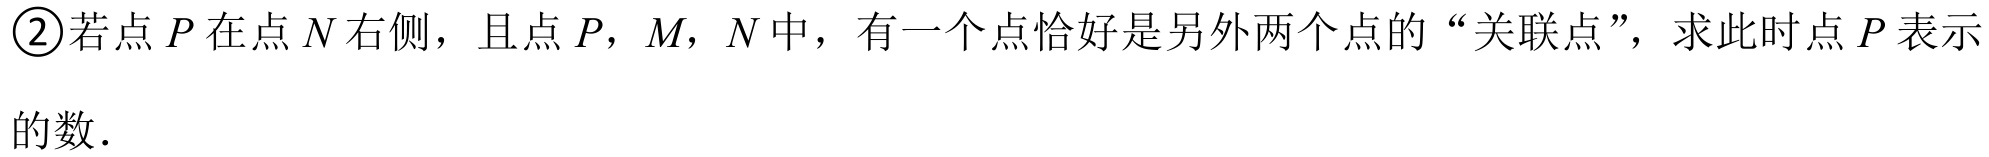
\textcircled{2}若点\(P\)在点\(N\)右侧，且点\(P\)，\(M\)，\(N\)中，有一个点恰好是另外两个点的“关联点”，求此时点\(P\)表示的数.